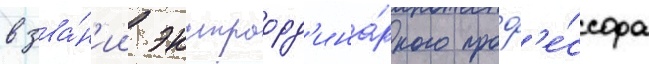
в зва́н'ии экстраорд'ина́рного проф'е́ссора